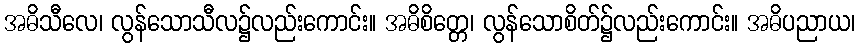
အဓိသီလေ၊ လွန်သောသီလ၌လည်းကောင်း။ အဓိစိတ္တေ၊ လွန်သောစိတ်၌လည်းကောင်း။ အဓိပညာယ၊